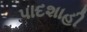
પાદશાહી